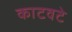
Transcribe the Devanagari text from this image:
काटवटे